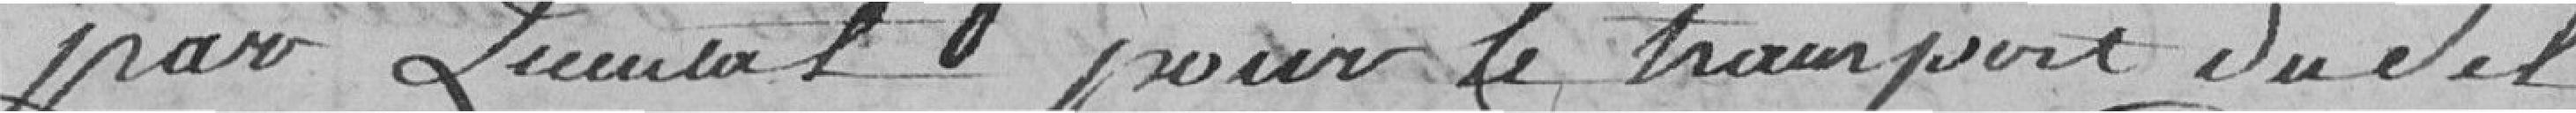
par quintal pour le transport du sel